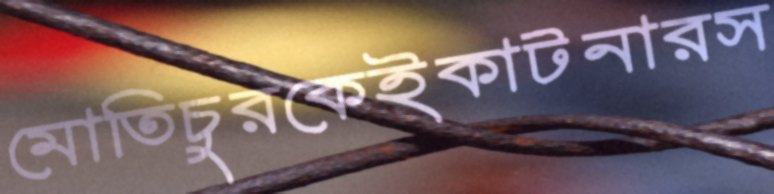
মোতিচুরকেইকাটনারস